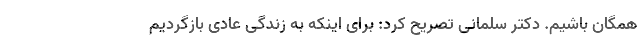
همگان باشیم. دکتر سلمانی تصریح کرد: برای اینکه به زندگی عادی بازگردیم